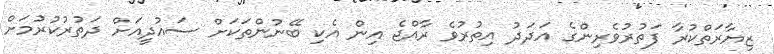
ޒިޔާރަތްކުރާ ފަތުރުވެރިންގެ އަދަދު އިތުރުވެ ރާއްޖެ އިން އެކި ބޭނުންތަކަށް ސައުދީއަށް ދަތުރުކުރުމަށް